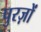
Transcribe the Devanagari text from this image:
पुरज़ों